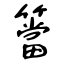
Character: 簹